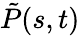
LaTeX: \tilde{P}(s,t)